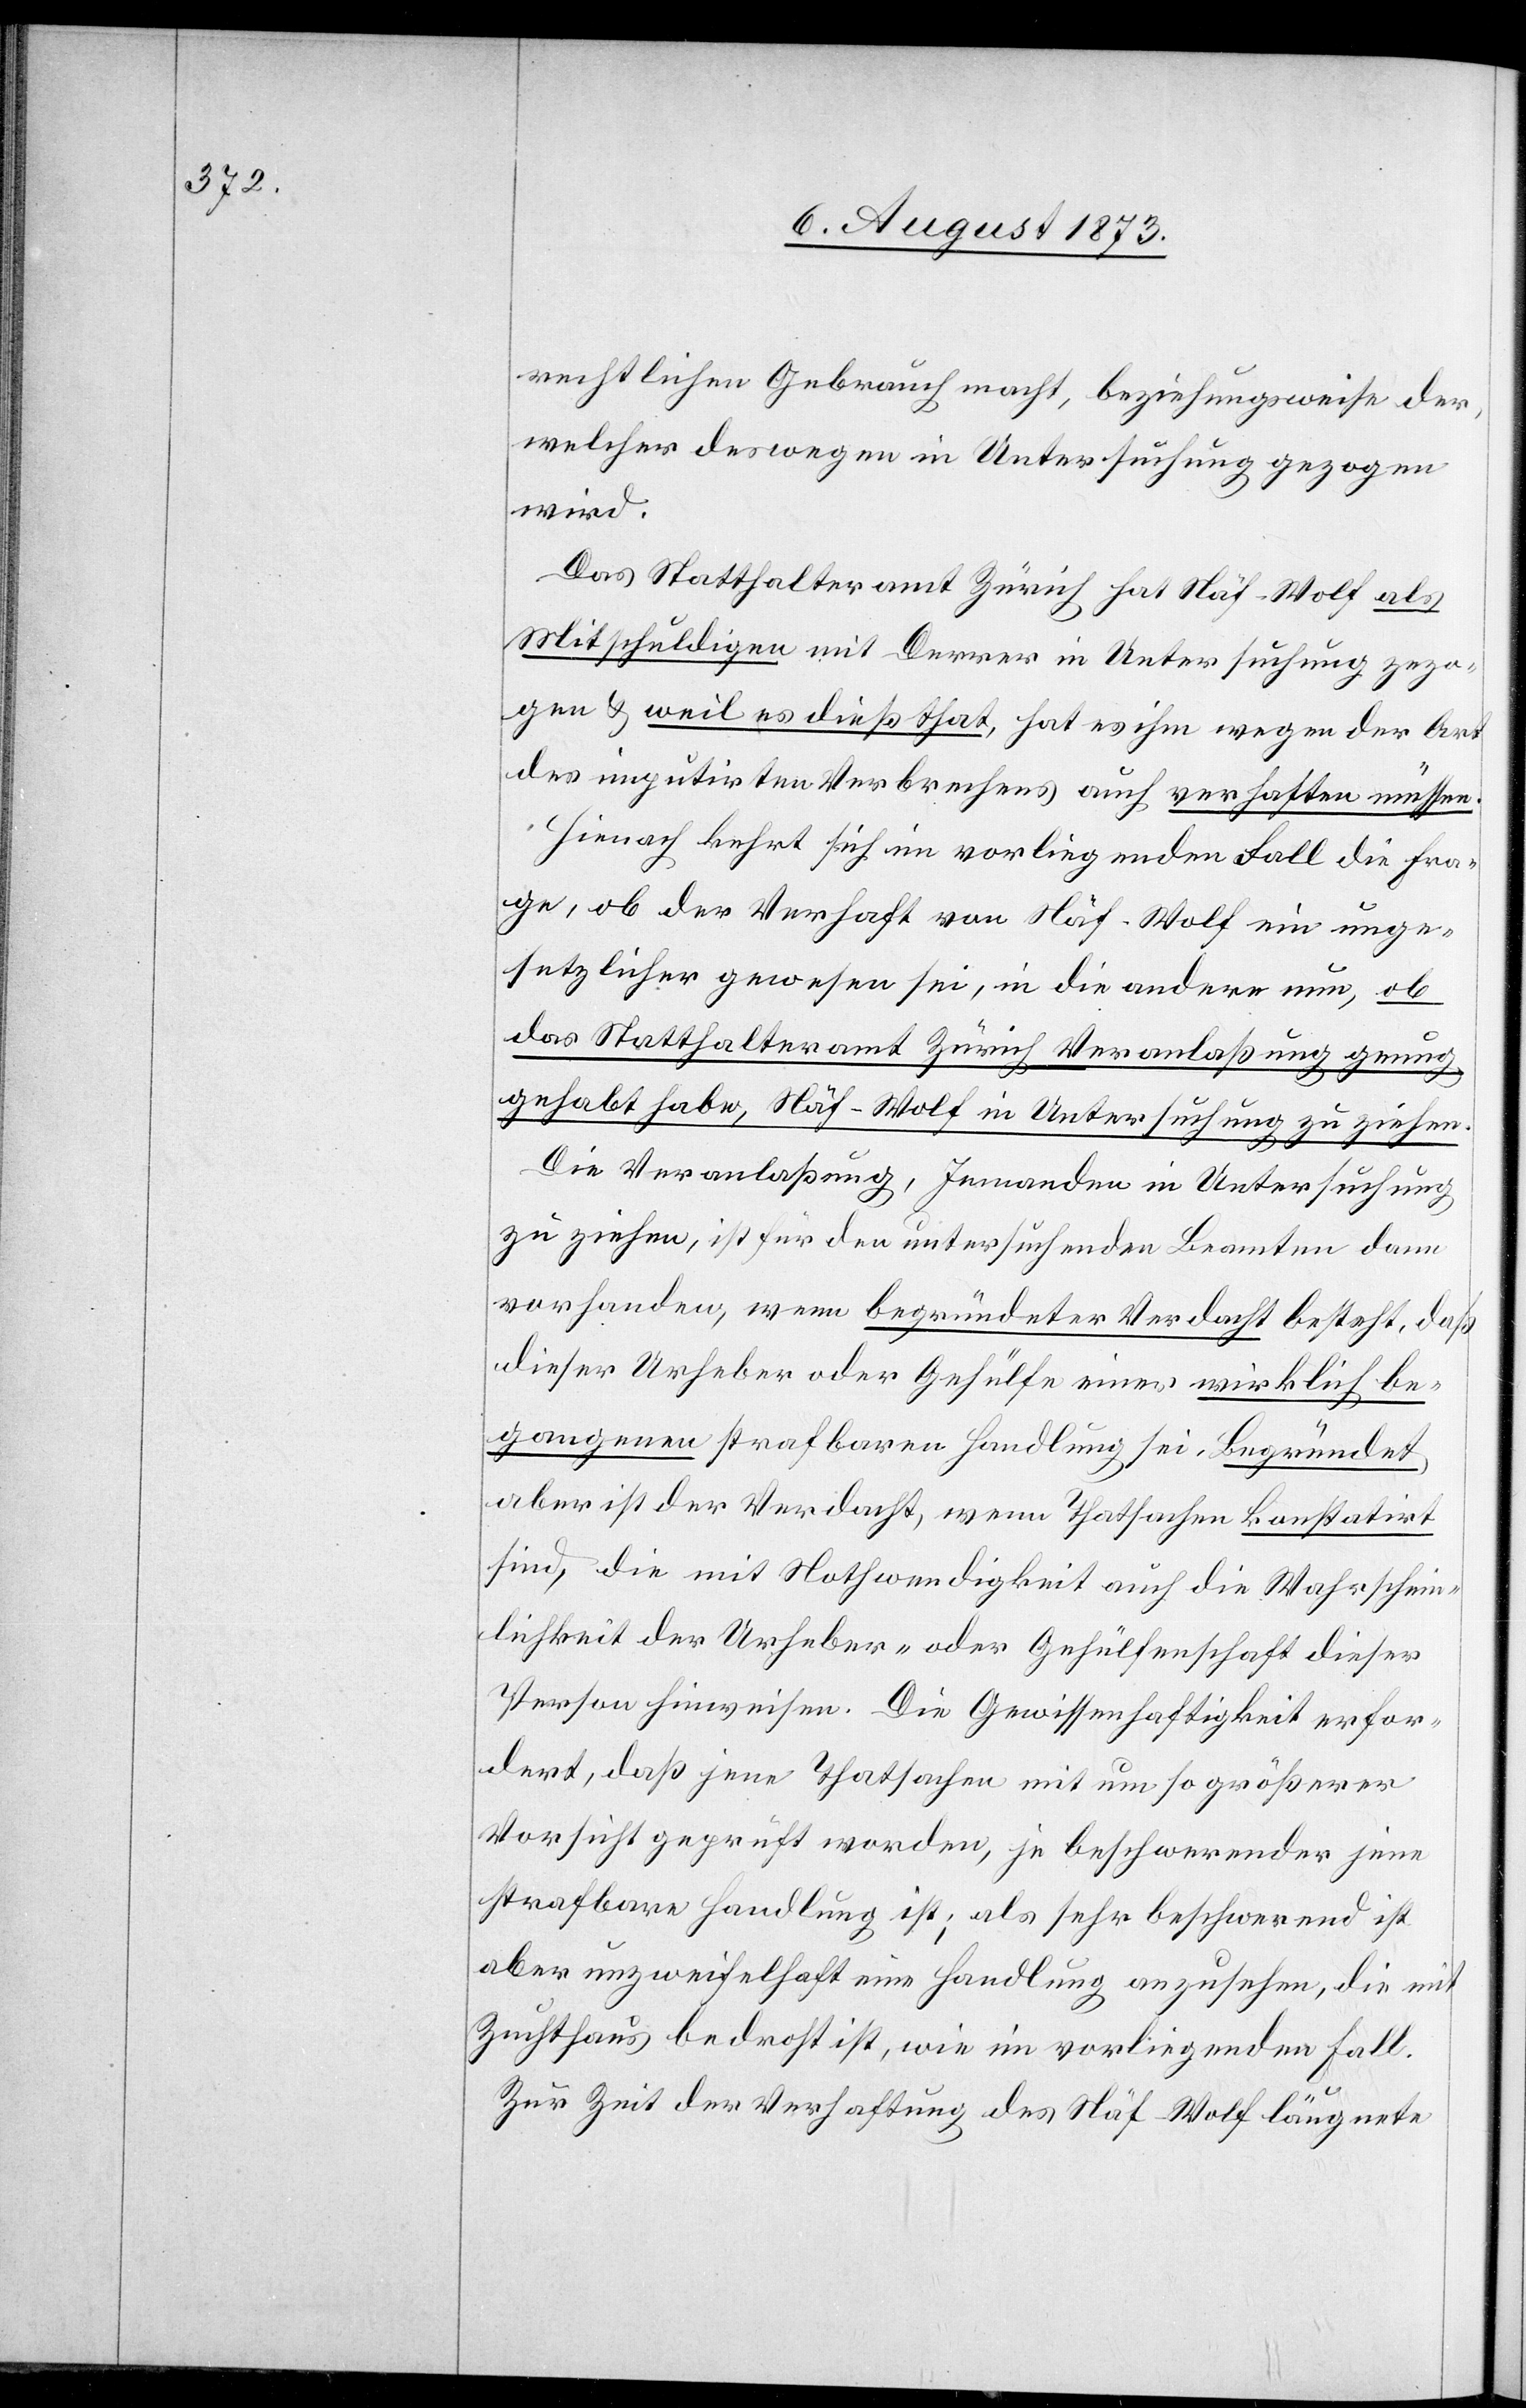
rechtlichen Gebrauch macht, beziehungsweise der,
welcher deswegen in Untersuchung gezogen
wird.
Das Statthalteramt Zürich hat Näf-Wolf als
Mitschuldigen mit Derrer in Untersuchung zezo¬
gen [sic!] & weil es dieß that, hat es ihm [sic!] wegen der Art
des imputirten Verbrechens auch verhaften müssen.
Hienach kehrt sich im vorliegenden Fall die Fra¬
ge, ob der Verhaft von Näf-Wolf ein unge¬
setzlicher gewesen sei, in die andere nun, ob
das Statthalteramt Zürich Veranlaßung genug
gehabt habe, Näf-Wolf in Untersuchung zu ziehen.
Die Veranlaßung, Jemanden in Untersuchung
zu ziehen, ist für den untersuchenden Beamten dann
vorhanden, wenn begründeter Verdacht besteht, daß
dieser Urheber oder Gehülfe einer wirklich be¬
gangenen strafbaren Handlung sei. Begründet,
aber ist der Verdacht, wenn Thatsachen konstatirt
sind, die mit Nothwendigkeit auch die Wahrschein¬
lichkeit der Urheber- oder Gehülfenschaft dieser
Person hinweisen. Die Gewissenhaftigkeit erfor¬
dert, daß jene Thatsachen mit um so größerer
Vorsicht geprüft worden, je beschwerender jene
strafbare Handlung ist; als sehr beschwerend ist
aber unzweifelhaft eine Handlung anzusehen, die mit
Zuchthaus bedroht ist, wie im vorliegenden Fall.
Zur Zeit der Verhaftung des Näf-Wolf läugnete